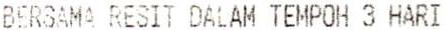
BERSAMA RESIT DALAM TEMPOH 3 HARI